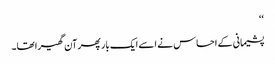
‘‘
پشیمانی کے احساس نے اسے ایک بار پھر آن گھیرا تھا۔